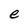
Character: e